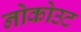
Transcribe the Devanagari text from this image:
नोकोउट